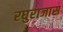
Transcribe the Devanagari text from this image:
रघुराजास